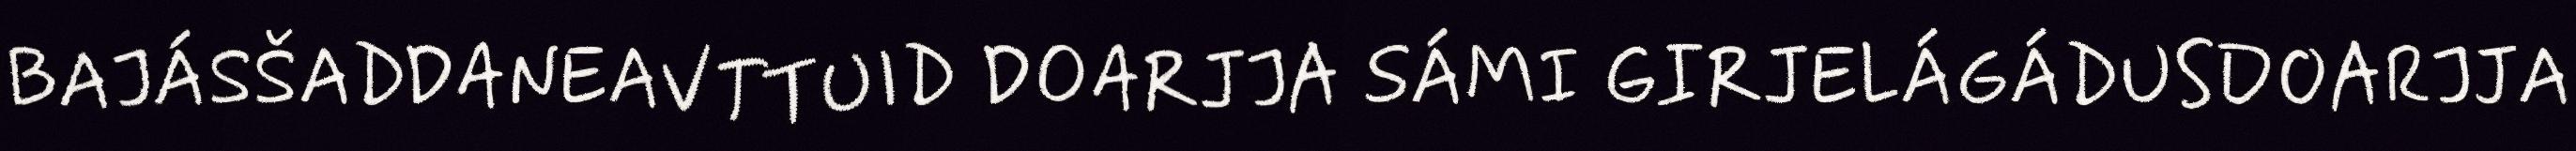
BAJÁSŠADDANEAVTTUID DOARJJA SÁMI GIRJELÁGÁDUSDOARJJA